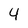
Character: 4